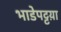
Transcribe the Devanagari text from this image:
भाडेपट्टय़ा